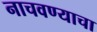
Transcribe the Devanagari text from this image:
नाचवण्याचा